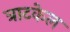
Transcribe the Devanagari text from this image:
त्राटकेल